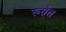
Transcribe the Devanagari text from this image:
रूसेल